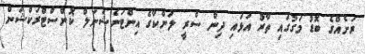
ރަށެއްގެ ބޮޑު މަގުގައި ތާރު އަޅައި ދިން ސްރީ ލަންކާގެ އިންޓަނެޝަނަލް ކޮންސްޓްރަކްޝަން